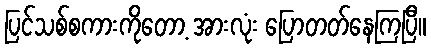
ပြင်သစ်စကားကိုတော့ အားလုံး ပြောတတ်နေကြပြီ။